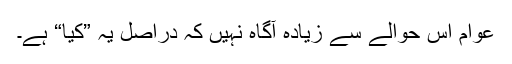
عوام اس حوالے سے زیادہ آگاہ نہیں کہ دراصل یہ ”کیا“ ہے۔